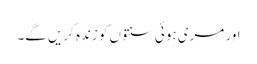
اور مری ہوئی سنتوں کو زندہ کریں گے۔